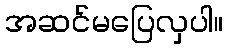
အဆင်မပြေလှပါ။